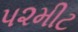
પ૨મીટ